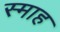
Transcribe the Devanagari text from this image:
स्माह